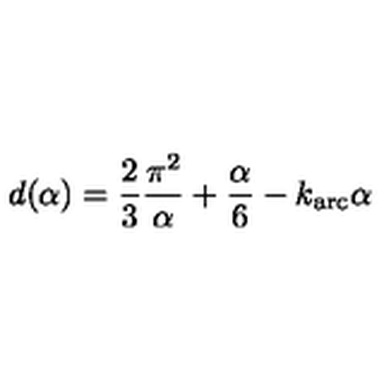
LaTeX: d ( \alpha ) = \frac { 2 } { 3 } \frac { \pi ^ { 2 } } { \alpha } + \frac { \alpha } { 6 } - k _ { \mathrm { a r c } } \alpha